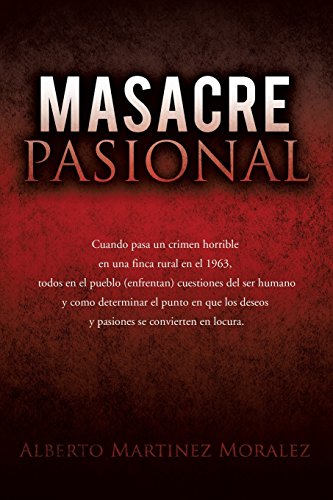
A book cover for Masacre Pasional; Alberto Martinez Morales; Christian Books & Bibles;